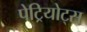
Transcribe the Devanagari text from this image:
पेट्रियोट्स